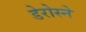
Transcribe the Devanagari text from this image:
डेरोस्ने